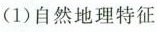
（1）自然地理特征